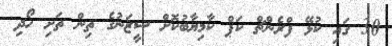
30 ގައި ކުޅޭ ފްރެންޗް ކަޕް ކާމިޔާބުކޮށް ސީޒަނުގެ ތިން ތަށި ހޯދި